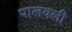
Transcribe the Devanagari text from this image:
पालवली